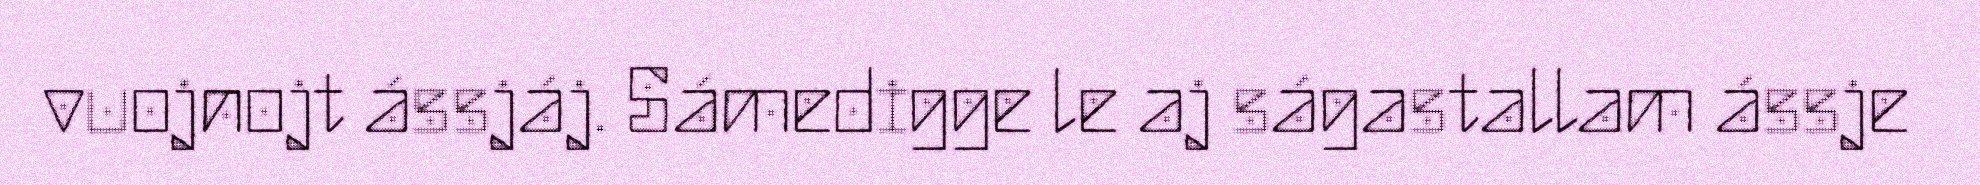
vuojnojt ássjáj. Sámedigge le aj ságastallam ássje